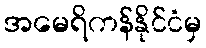
အမေရိကန်နိုင်ငံမှ